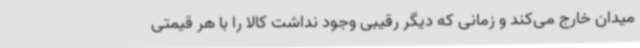
میدان خارج می‌کند و زمانی که دیگر رقیبی وجود نداشت کالا را با هر قیمتی